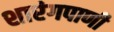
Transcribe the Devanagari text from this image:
शारंगपाणी